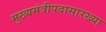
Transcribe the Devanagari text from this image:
मुख्यमंत्रीपदासारख्या